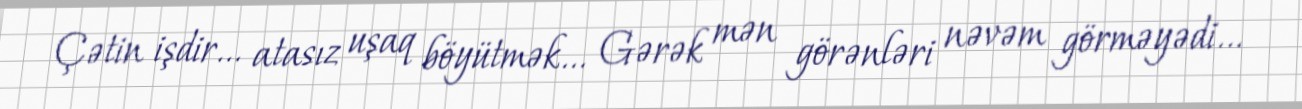
Çətin işdir... atasız uşaq böyütmək... Gərək mən görənləri nəvəm görməyədi...